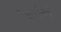
આઈએ